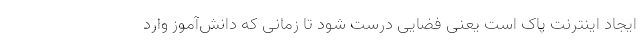
ایجاد اینترنت پاک است یعنی فضایی درست شود تا زمانی که دانش‌آموز وارد